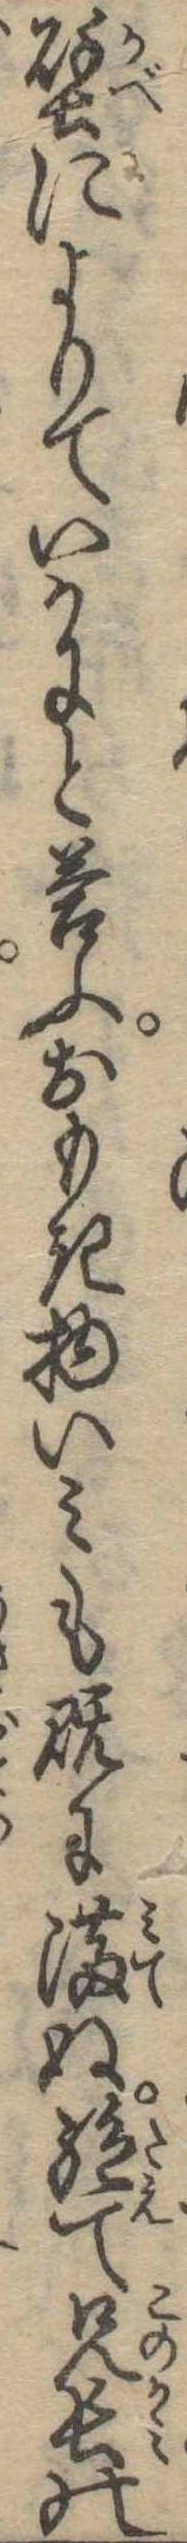
壁によりていかにと答ふおもき物いみも既に満ぬ絶て兄長の